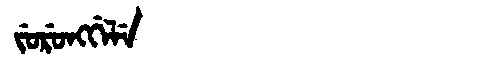
Manchu: ᠵᡠᡵᡠᠩᡤᡝᠯᡝ
Romanization: JURUNGGELE